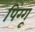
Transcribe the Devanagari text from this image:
पिंग्गू